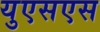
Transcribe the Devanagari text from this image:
युएसएस